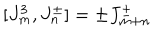
LaTeX: [ J _ { m } ^ { 3 } , J _ { n } ^ { \pm } ] = \pm J _ { m + n } ^ { \pm }